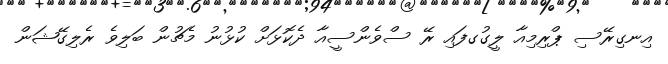
އިނގިރޭސި ޕްރިމިއާ ލީގުގފައި ރޭ ސްވެންސީއާ ދެކޮޅަށް ކުޅުނު މެޗުން ބަލިވެ ރެލިގޭޝަން